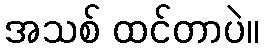
အသစ် ထင်တာပဲ။